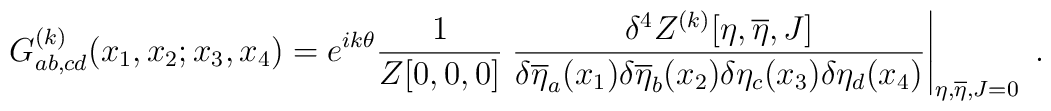
G^{(k)}_{ab,cd}(x_1,x_2;x_3,x_4)=e^{ik\theta} \frac{1}{Z[0,0,0]} \left. \frac{\delta^4Z^{(k)}[\eta,\overline{\eta},J]} {\delta\overline{\eta}_a(x_1)\delta\overline{\eta}_b(x_2) \delta\eta_c(x_3) \delta\eta_d(x_4)}\right|_{\eta,\overline{\eta},J=0}\; .